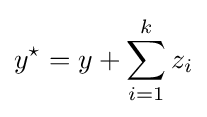
y^{\star }=y+\sum _{i=1}^{k}z_{i}